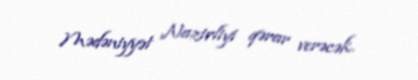
Mədəniyyət Nazirliyi qərar verəcək.